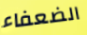
الضعفاء